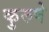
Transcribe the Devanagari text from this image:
कुरुषे